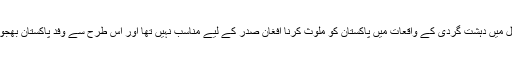
ذرائع کے مطابق کسی بھی ثبوت کے بغیر کابل میں دہشت گردی کے واقعات میں پاکستان کو ملوث کرنا افغان صدر کے لیے مناسب نہیں تھا اور اس طرح سے وفد پاکستان بھجوانے کا معاملہ بھی سفارتی آداب کے منافی تھا۔